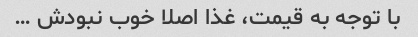
با توجه به قیمت، غذا اصلا خوب نبودش …